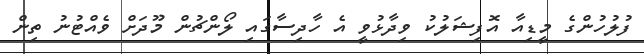
ފުލުހުންގެ މީޑިއާ އޮފިޝަލުކު ވިދާޅުވީ އެ ހާދިސާގައި ލޯންޗުން މޫދަށް ވެއްޓުނު ތިން